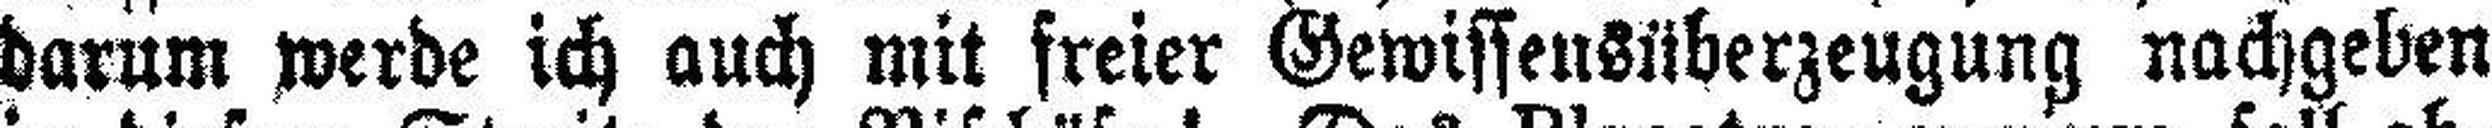
darum werde ich auch mit freier Gewissensüberzeugung nachgeben